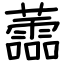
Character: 蘦